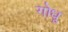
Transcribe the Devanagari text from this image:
गोधू